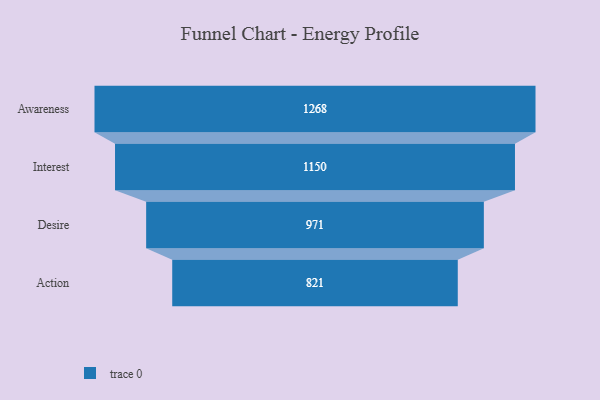
{"axis": {"x": "Stage", "y": "Value"}, "legend": [""], "data": [{"x": "Awareness", "y": 1268.0, "type": ""}, {"x": "Interest", "y": 1150.0, "type": ""}, {"x": "Desire", "y": 971.0, "type": ""}, {"x": "Action", "y": 821.0, "type": ""}]}